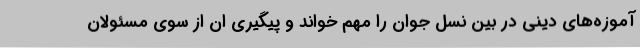
آموزه‌های دینی در بین نسل جوان را مهم خواند و پیگیری ان از سوی مسئولان